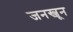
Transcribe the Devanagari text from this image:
जनस्जून